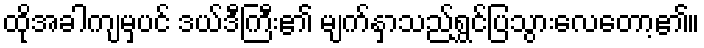
ထိုအခါကျမှပင် ဒယ်ဒီကြီး၏ မျက်နှာသည်ရွှင်ပြသွားလေတော့၏။